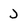
Character: J